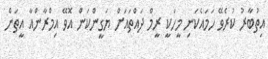
އިތުބާރު ކުރެވޭ ހަމައެކަނި މީހަކީ ރީމް ދައްތައަށް ޔަގީންކަން އޮވޭ އިމްރާންއާ އީތަން